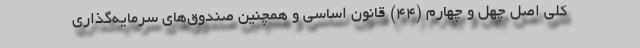
کلی اصل چهل و چهارم (۴۴) قانون اساسی و همچنین صندوق‌های سرمایه‌گذاری